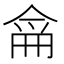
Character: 𠋁